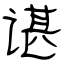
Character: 谌